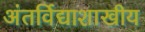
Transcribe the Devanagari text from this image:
अंतर्विद्याशाखीय